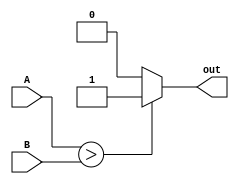
module inequality_comparator (
    input signed [7:0] A,
    input signed [7:0] B,
    output reg out
);

always @(A, B) begin
    if (A > B) begin
        out <= 1;
    end else if (A < B) begin
        out <= 0;
    end else begin
        out <= 0;
    end
end

endmodule